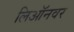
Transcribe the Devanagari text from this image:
लिऑनवर